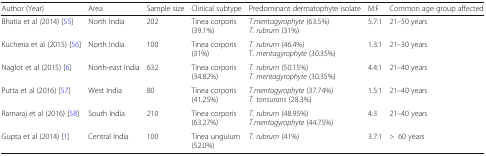
<table><thead><tr><td><b>Author (Year)</b></td><td><b>Area</b></td><td><b>Sample size</b></td><td><b>Clinical subtype</b></td><td><b>Predominant dermatophyte isolate</b></td><td><b>M:F</b></td><td><b>Common age group affected</b></td></tr></thead><tbody><tr><td>Bhatia et al <i>(</i>2014) [55]</td><td>North India</td><td>202</td><td>Tinea corporis (39.1%)</td><td><i>T.mentagyrophyte</i> (63.5%)<i>T. rubrum</i> (31%)</td><td>5.7:1</td><td>21–50 years</td></tr><tr><td>Kucheria et al (2015) [56]</td><td>North India</td><td>100</td><td>Tinea corporis (31%)</td><td><i>T. rubrum</i> (46.4%) T. <i>mentagyrophyte</i> (30.35%)</td><td>1.3:1</td><td>21–30 years</td></tr><tr><td>Naglot et al (2015) [6]</td><td>North-east India</td><td>632</td><td>Tinea corporis (34.82%)</td><td><i>T. rubrum</i> (50.15%)<i>T. mentagyrophyte</i> (30.35%)</td><td>4.4:1</td><td>21–40 years</td></tr><tr><td>Putta et al (2016) [57]</td><td>West India</td><td>80</td><td>Tinea corporis (41.25%)</td><td><i>T.mentagyrophyte</i> (37.74%)<i>T. tonsurans</i> (28.3%)</td><td>1.5:1</td><td>21–40 years</td></tr><tr><td>Ramaraj et al (2016) [58]</td><td>South India</td><td>210</td><td>Tinea corporis (63.27%)</td><td><i>T. rubrum</i> (48.95%)<i>T.mentagyrophyte</i> (44.75%)</td><td>4:3</td><td>21–40 years</td></tr><tr><td>Gupta et al (2014) [1]</td><td>Central India</td><td>100</td><td>Tinea unguium (52.0%)</td><td><i>T. rubrum</i> (41%)</td><td>3.7:1</td><td>&gt;60 years</td></tr></tbody></table>